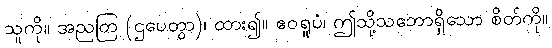
သူကို။ အညတြ (ဌပေတွာ)၊ ထား၍။ ဧဝရူပံ၊ ဤသို့သဘောရှိသော စိတ်ကို။